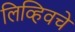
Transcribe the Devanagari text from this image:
लिव्हिवचे